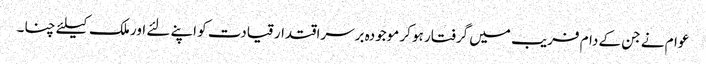
عوام نے جن کے دام فریب میں گرفتار ہو کر موجودہ برسراقتدار قیادت کو اپنے لئے اور ملک کیلئے چنا۔